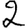
Digit: 2